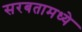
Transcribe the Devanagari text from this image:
सरबतामध्ये